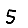
Digit: 5